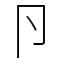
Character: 卪